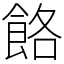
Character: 餎